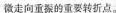
微走向重振的重要转折点。